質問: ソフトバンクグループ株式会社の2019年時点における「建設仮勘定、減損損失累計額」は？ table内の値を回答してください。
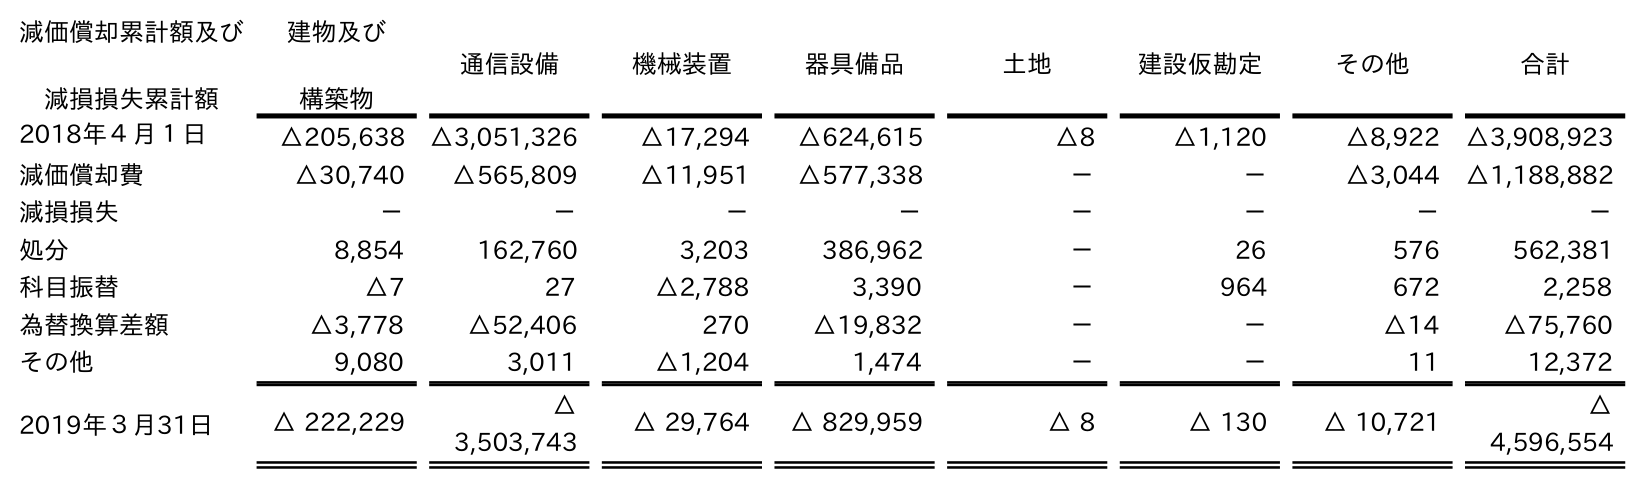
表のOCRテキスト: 減価償却累計額及び 減損損失累計額 建物及び 構築物 通信設備 機械装置 器具備品 土地 建設仮勘定 その他 合計 2018年４月１日 △205,638 △3,051,326 △17,294 △624,615 △8 △1,120 △8,922 △3,908,923 減価償却費 △30,740 △565,809 △11,951 △577,338 － － △3,044 △1,188,882 減損損失 － － － － － － － － 処分 8,854 162,760 3,203 386,962 － 26 576 562,381 科目振替 △7 27 △2,788 3,390 － 964 672 2,258 為替換算差額 △3,778 △52,406 270 △19,832 － － △14 △75,760 その他 9,080 3,011 △1,204 1,474 － － 11 12,372 2019年３月31日 △ 222,229 △ 3,503,743 △ 29,764 △ 829,959 △ 8 △ 130 △ 10,721 △ 4,596,554
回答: △130